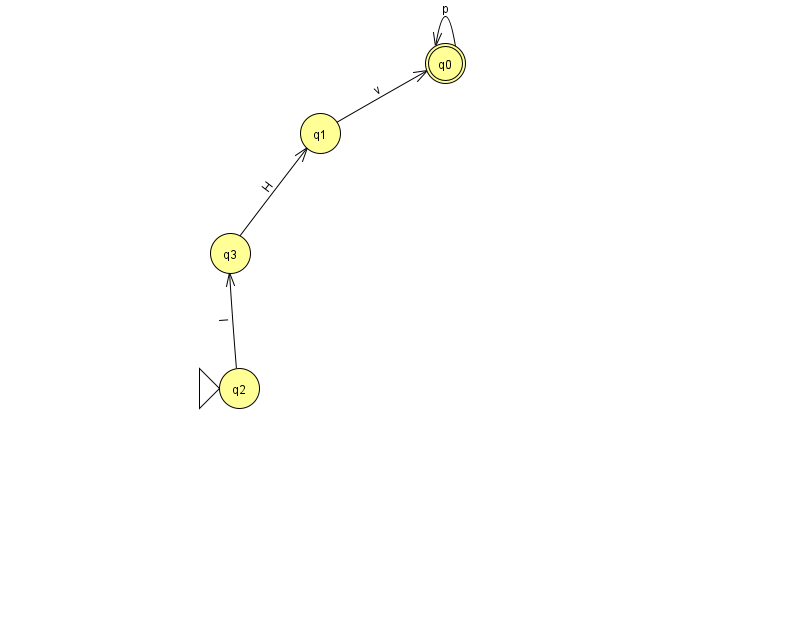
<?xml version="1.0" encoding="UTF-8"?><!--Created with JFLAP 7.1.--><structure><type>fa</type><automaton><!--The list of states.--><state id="0" name="q0"><x>445.0</x><y>50.0</y><final/></state><state id="1" name="q1"><x>320.0</x><y>120.0</y></state><state id="2" name="q2"><x>239.0</x><y>375.0</y><initial/></state><state id="3" name="q3"><x>230.0</x><y>240.0</y></state><!--The list of transitions.--><transition><from>0</from><to>0</to><read>p</read></transition><transition><from>1</from><to>0</to><read>v</read></transition><transition><from>2</from><to>3</to><read>I</read></transition><transition><from>3</from><to>1</to><read>H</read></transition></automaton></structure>